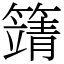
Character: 𥴰